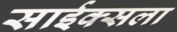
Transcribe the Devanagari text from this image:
साईक्सला